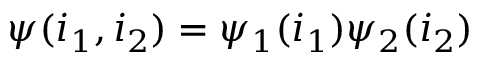
\psi ( i _ { 1 } , i _ { 2 } ) = \psi _ { 1 } ( i _ { 1 } ) \psi _ { 2 } ( i _ { 2 } )